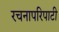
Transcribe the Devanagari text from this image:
रचनापरिपाटी